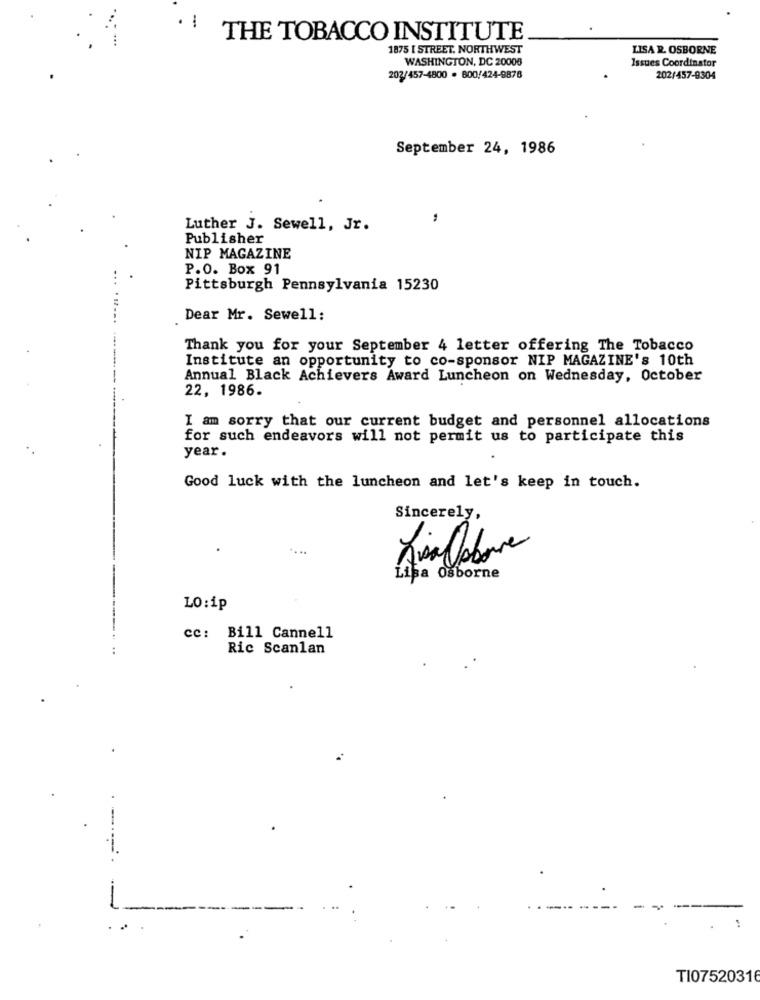
. 1
THE TOBACCO INSTITUTE
1875 [ STREET. NORTHWEST
LISA R. OSBORNE
WASHINGTON, DC 20008
Issues Coordinator
202/457-4800 . 600/424-9876
202/457-9304
September 24, 1986
Luther J. Sewell, Jr.
Publisher
NIP MAGAZINE
P.O. Box 91
Pittsburgh Pennsylvania 15230
Dear Mr. Sewell:
Thank you for your September 4 letter offering The Tobacco
Institute an opportunity to co-sponsor NIP MAGAZINE's 10th
Annual Black Achievers Award Luncheon on Wednesday, October
22, 1986.
I am sorry that our current budget and personnel allocations
for such endeavors will not permit us to participate this
year.
Good luck with the luncheon and let's keep in touch.
Sincerely,
AsaCabo
Lisa Osborne
LO:ip
cc: Bill Cannell
Ric Scanlan
-
TI07520316